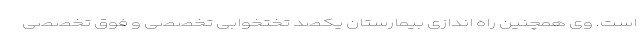
است. وی همچنین راه اندازی بیمارستان یکصد تختخوابی تخصصی و فوق تخصصی